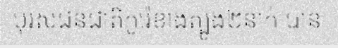
បុរសជនជាតិកូរ៉េខាងត្បូង២នាក់ បាន